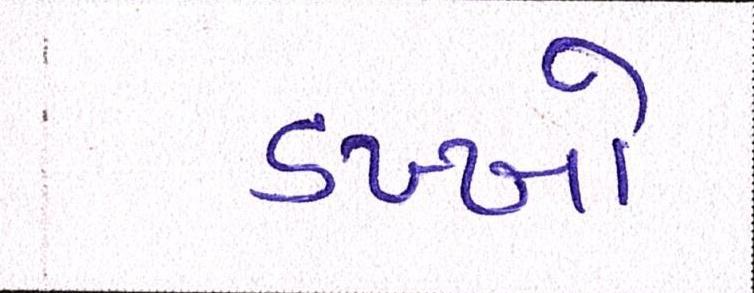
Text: ડખ્ખો